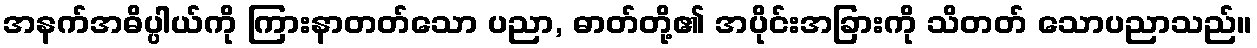
အနက်အဓိပ္ပါယ်ကို ကြားနာတတ်သော ပညာ, ဓာတ်တို့၏ အပိုင်းအခြားကို သိတတ် သောပညာသည်။